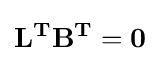
\mathbf {L^{T}} \mathbf {B^{T}} =\mathbf {0}